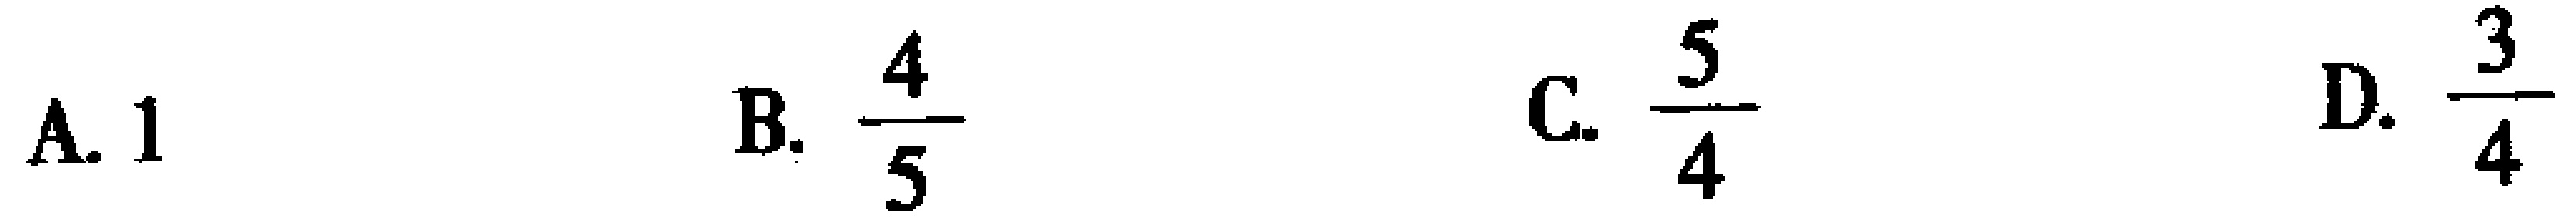
A. \(1\)  B. \(\frac{4}{5}\)  C. \(\frac{5}{4}\)  D. \(\frac{3}{4}\)